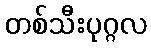
တစ်သီးပုဂ္ဂလ